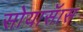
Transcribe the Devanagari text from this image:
सोयासॅास